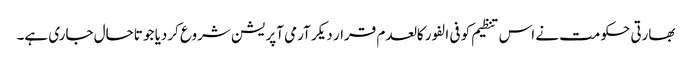
بھارتی حکومت نے اس تنظیم کو فی الفور کالعدم قرار دیکر آرمی آپریشن شروع کردیا جو تاحال جاری ہے۔